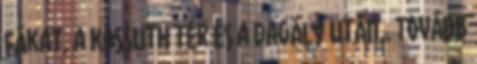
fákat, a Kossuth tér és a Dagály után,. Tovább